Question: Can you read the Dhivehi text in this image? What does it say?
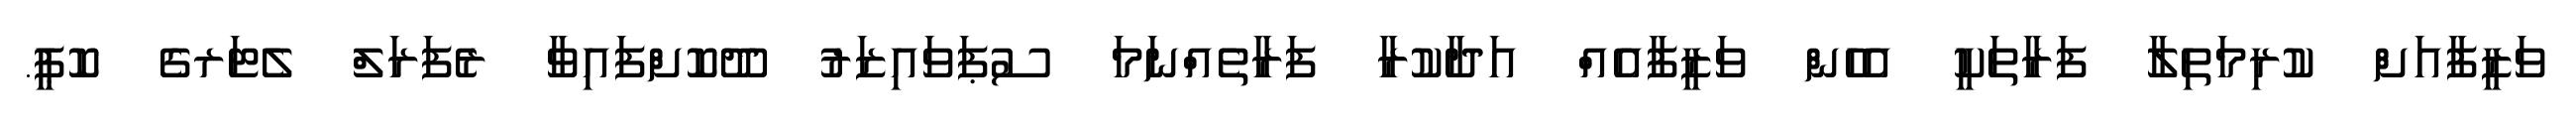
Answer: ވަޒީފާއަށް ކުރިމަތިލާ ފަރާތަކީ އެހެން ވަޒީފާއެއް އަދާކުރާ ފަރާތެއްނަމަ ސުޕަވައިޒަރު ދޫކޮށްފައިވާ ރެފަރަލް ލެޓަރގެ ކޮޕީ.